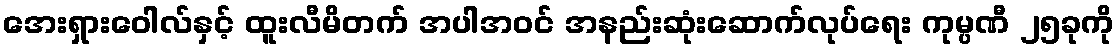
အေးရှားဝေါလ်နှင့် ထူးလီမိတက် အပါအဝင် အနည်းဆုံးဆောက်လုပ်ရေး ကုမ္ပဏီ ၂၅ခုကို